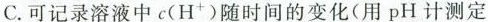
C.可记录溶液中c(H^{+})随时间的变化(用pH计测定